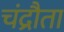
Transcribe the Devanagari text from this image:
चंद्रौता